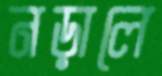
নড়ালে